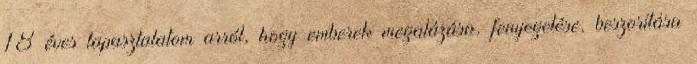
18 éves tapasztalatom arról, hogy emberek megalázása, fenyegetése, beszorítása